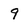
Character: 9